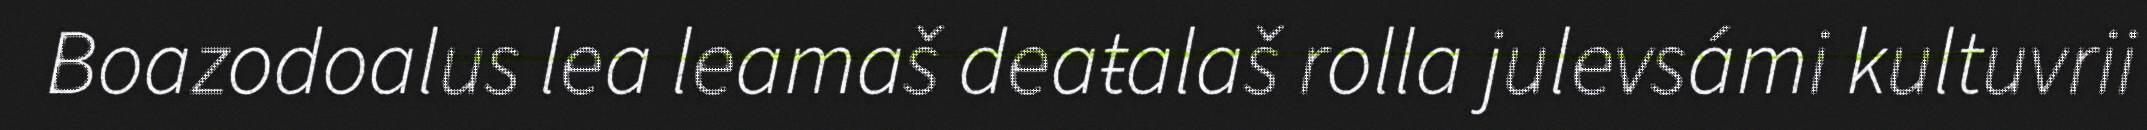
Boazodoalus lea leamaš deaŧalaš rolla julevsámi kultuvrii